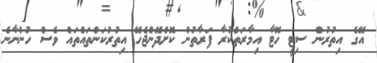
އޭގެ އިތުރުން ސިޓީ ހޮޓާ އިމާރަތްކުރާ ފަރާތުން ކޮށްދޭންޖެހޭ އިތުރުކަންތައްތައް ވެސް ހުންނާނެ